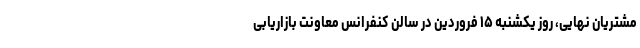
مشتریان نهایی، روز یکشنبه ۱۵ فروردین در سالن کنفرانس معاونت بازاریابی